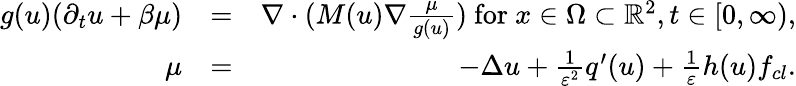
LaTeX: \begin{array}{rlr}{g(u)(\partial_{t}u+\beta\mu)}&{=}&{\nabla\cdot(M(u)\nabla\frac{\mu}{g(u)})\mathrm{~for~}x\in\Omega\subset\mathbb{R}^{2},t\in[0,\infty),}\\ {\mu}&{=}&{-\Delta u+\frac{1}{\varepsilon^{2}}q^{\prime}(u)+\frac{1}{\varepsilon}h(u)f_{cl}.}\end{array}